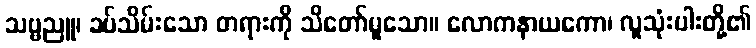
သဗ္ဗညူ၊ ခပ်သိမ်းသော တရားကို သိတော်မူသော။ လောကနာယကော၊ လူသုံးပါးတို့၏